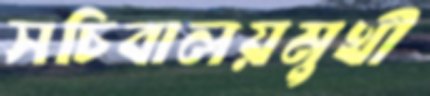
সচিবালয়মুখী